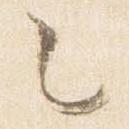
之